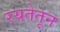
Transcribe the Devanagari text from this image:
रयतेतून